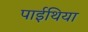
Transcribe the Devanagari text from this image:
पाईथिया